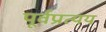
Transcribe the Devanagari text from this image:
पूर्वप्रत्यय